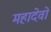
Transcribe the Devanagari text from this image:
महादेवो